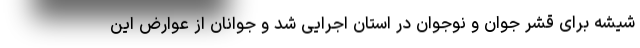
شیشه برای قشر جوان و نوجوان در استان اجرایی شد و جوانان از عوارض این